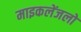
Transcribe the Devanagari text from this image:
माइकलेंजलो